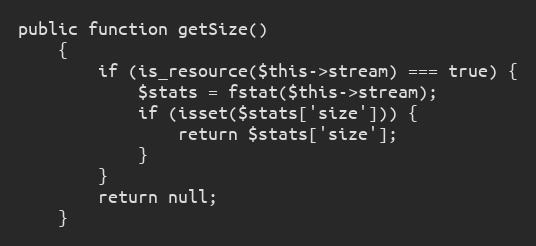
Language: PHP
public function getSize()
    {
        if (is_resource($this->stream) === true) {
            $stats = fstat($this->stream);
            if (isset($stats['size'])) {
                return $stats['size'];
            }
        }
        return null;
    }